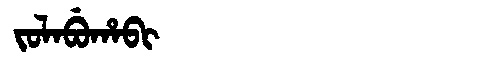
Manchu: ᠵᠣᠯᠠᠪᡠᡥᠠᠪᡳ
Romanization: JOLABUHABI